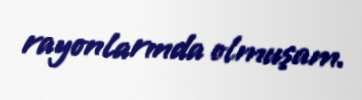
rayonlarında olmuşam.